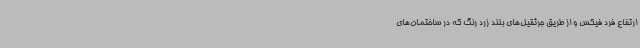
ارتفاع فرد فیکس و از طریق جرثقیل‌های بلند زرد رنگ که در ساختمان‌های